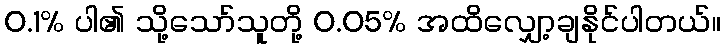
0.1% ပါ၏ သို့သော်သူတို့ 0.05% အထိလျှော့ချနိုင်ပါတယ်။